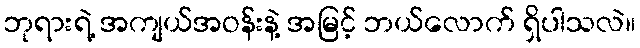
ဘုရားရဲ့ အကျယ်အဝန်းနဲ့ အမြင့် ဘယ်လောက် ရှိပါသလဲ။